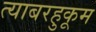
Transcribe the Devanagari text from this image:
त्याबरहुकूम